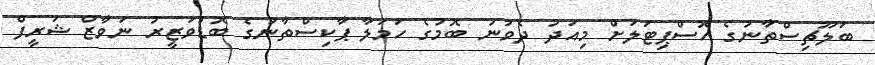
ބަލޫޗިސްތާނުގެ ހޮސްޕިޓަލަށް މިއަދު ދެވުނު ބޮމުގެ ހަމަލާ ޕާކިސްތާނުގެ ބޮޑުވަޒީރު ނަވާޒް ޝަރީފް